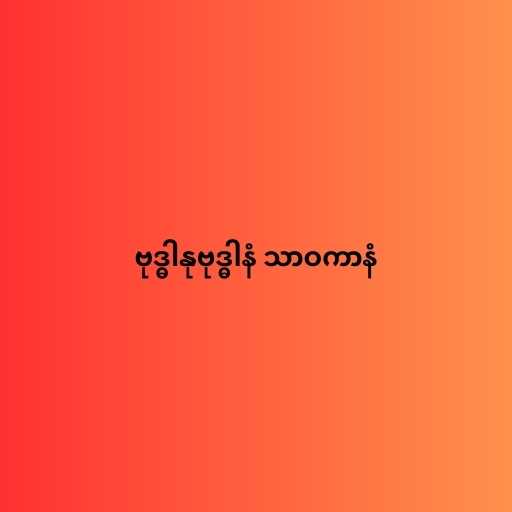
ဗုဒ္ဓါနုဗုဒ္ဓါနံ သာဝကာနံ